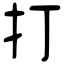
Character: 打